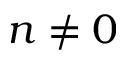
n \neq 0